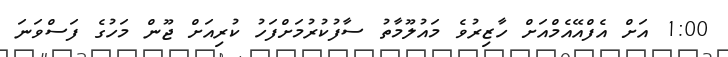
1:00 އަށް އެފްއޭއެމްއަށް ހާޒިރުވެ މައުލޫމާތު ސާފުކުރުމަށްފަހު ކުރިއަށް ޖޫން މަހުގެ ފަސްވަނަ